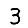
Digit: 3